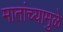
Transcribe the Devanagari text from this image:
मातांच्यामुळे